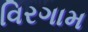
વિરગામ